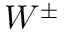
W ^ { \pm }